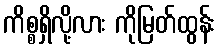
ကိစ္စရှိလို့လား ကိုမြတ်ထွန်း